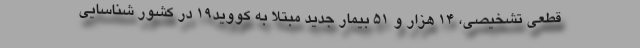
قطعی تشخیصی، ۱۴ هزار و ۵۱ بیمار جدید مبتلا به کووید۱۹ در کشور شناسایی